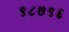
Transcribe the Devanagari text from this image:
९८७९६